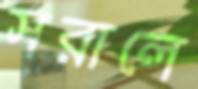
সরালে